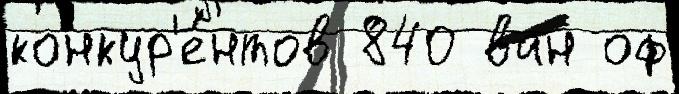
конкур'е́нтов 840 ван оф